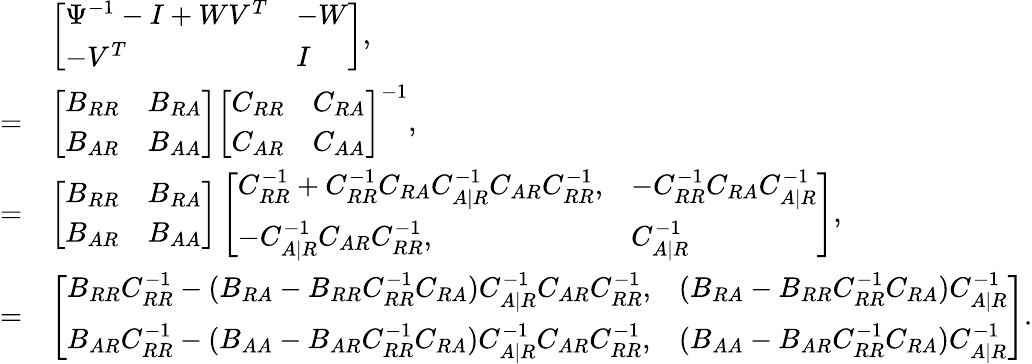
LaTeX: \begin{array}{rl}&{\left[\begin{array}{ll}{\Psi^{-1}-I+WV^{T}}&{-W}\\ {-V^{T}}&{I}\end{array}\right],}\\ {=}&{\left[\begin{array}{ll}{B_{RR}}&{B_{RA}}\\ {B_{AR}}&{B_{AA}}\end{array}\right]\left[\begin{array}{ll}{C_{RR}}&{C_{RA}}\\ {C_{AR}}&{C_{AA}}\end{array}\right]^{-1},}\\ {=}&{\left[\begin{array}{ll}{B_{RR}}&{B_{RA}}\\ {B_{AR}}&{B_{AA}}\end{array}\right]\left[\begin{array}{ll}{C_{RR}^{-1}+C_{RR}^{-1}C_{RA}C_{A|R}^{-1}C_{AR}C_{RR}^{-1},}&{-C_{RR}^{-1}C_{RA}C_{A|R}^{-1}}\\ {-C_{A|R}^{-1}C_{AR}C_{RR}^{-1},}&{C_{A|R}^{-1}}\end{array}\right],}\\ {=}&{\left[\begin{array}{ll}{B_{RR}C_{RR}^{-1}-(B_{RA}-B_{RR}C_{RR}^{-1}C_{RA})C_{A|R}^{-1}C_{AR}C_{RR}^{-1},}&{(B_{RA}-B_{RR}C_{RR}^{-1}C_{RA})C_{A|R}^{-1}}\\ {B_{AR}C_{RR}^{-1}-(B_{AA}-B_{AR}C_{RR}^{-1}C_{RA})C_{A|R}^{-1}C_{AR}C_{RR}^{-1},}&{(B_{AA}-B_{AR}C_{RR}^{-1}C_{RA})C_{A|R}^{-1}}\end{array}\right].}\end{array}